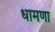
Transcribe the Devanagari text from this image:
धामणा